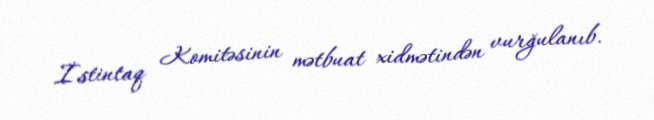
İstintaq Komitəsinin mətbuat xidmətindən vurğulanıb.